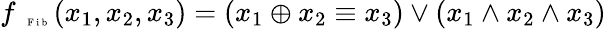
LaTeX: \begin{array}{r}{f_{\mathrm{~\tiny~\textnormal~{~F~i~b~}~}}(x_{1},x_{2},x_{3})=(x_{1}\oplus x_{2}\equiv x_{3})\vee(x_{1}\wedge x_{2}\wedge x_{3})}\end{array}